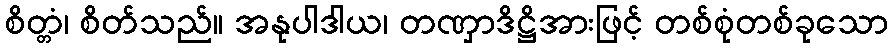
စိတ္တံ၊ စိတ်သည်။ အနုပါဒါယ၊ တဏှာဒိဋ္ဌိအားဖြင့် တစ်စုံတစ်ခုသော